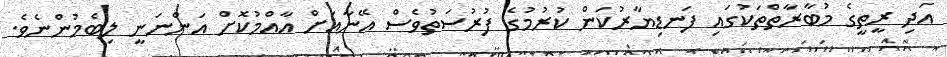
އަދި ރީތީގެ މުބާރާތްތަކުގައި ފަނޑިޔާރުކަން ކުރުމުގެ ފުރުސަތުވެސް އޭނާއަށް އާއްމުކޮށް އަންނަނީ ލިބެމުންނެވެ.